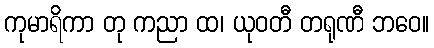
ကုမာရိကာ တု ကညာ ထ၊ ယုဝတီ တရုဏီ ဘဝေ။